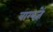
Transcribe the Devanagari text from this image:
वाग्यज्ञें